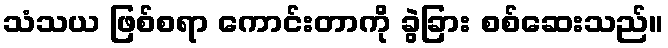
သံသယ ဖြစ်စရာ ကောင်းတာကို ခွဲခြား စစ်ဆေးသည်။